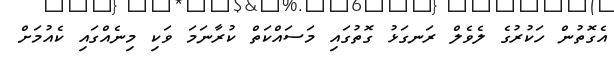
އެގޮތުން ހަކުރުގެ ލެވެލް ރަނގަޅު ގޮތުގައި މަސައްކަތް ކުރާނަމަ ވަކި މިނެއްގައި ކެއުމަށް